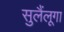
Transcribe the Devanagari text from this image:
सुलैंलूगा